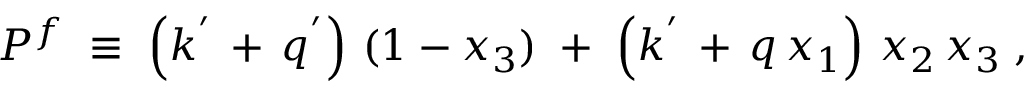
P ^ { f } \; \equiv \; \left( { k ^ { ' } \, + \, q ^ { ' } } \right) \, ( 1 - x _ { 3 } ) \; + \; \left( { k ^ { ' } \, + \, q } \, x _ { 1 } \right) \, x _ { 2 } \, x _ { 3 } \; ,